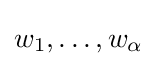
w_{1},\dots ,w_{\alpha }